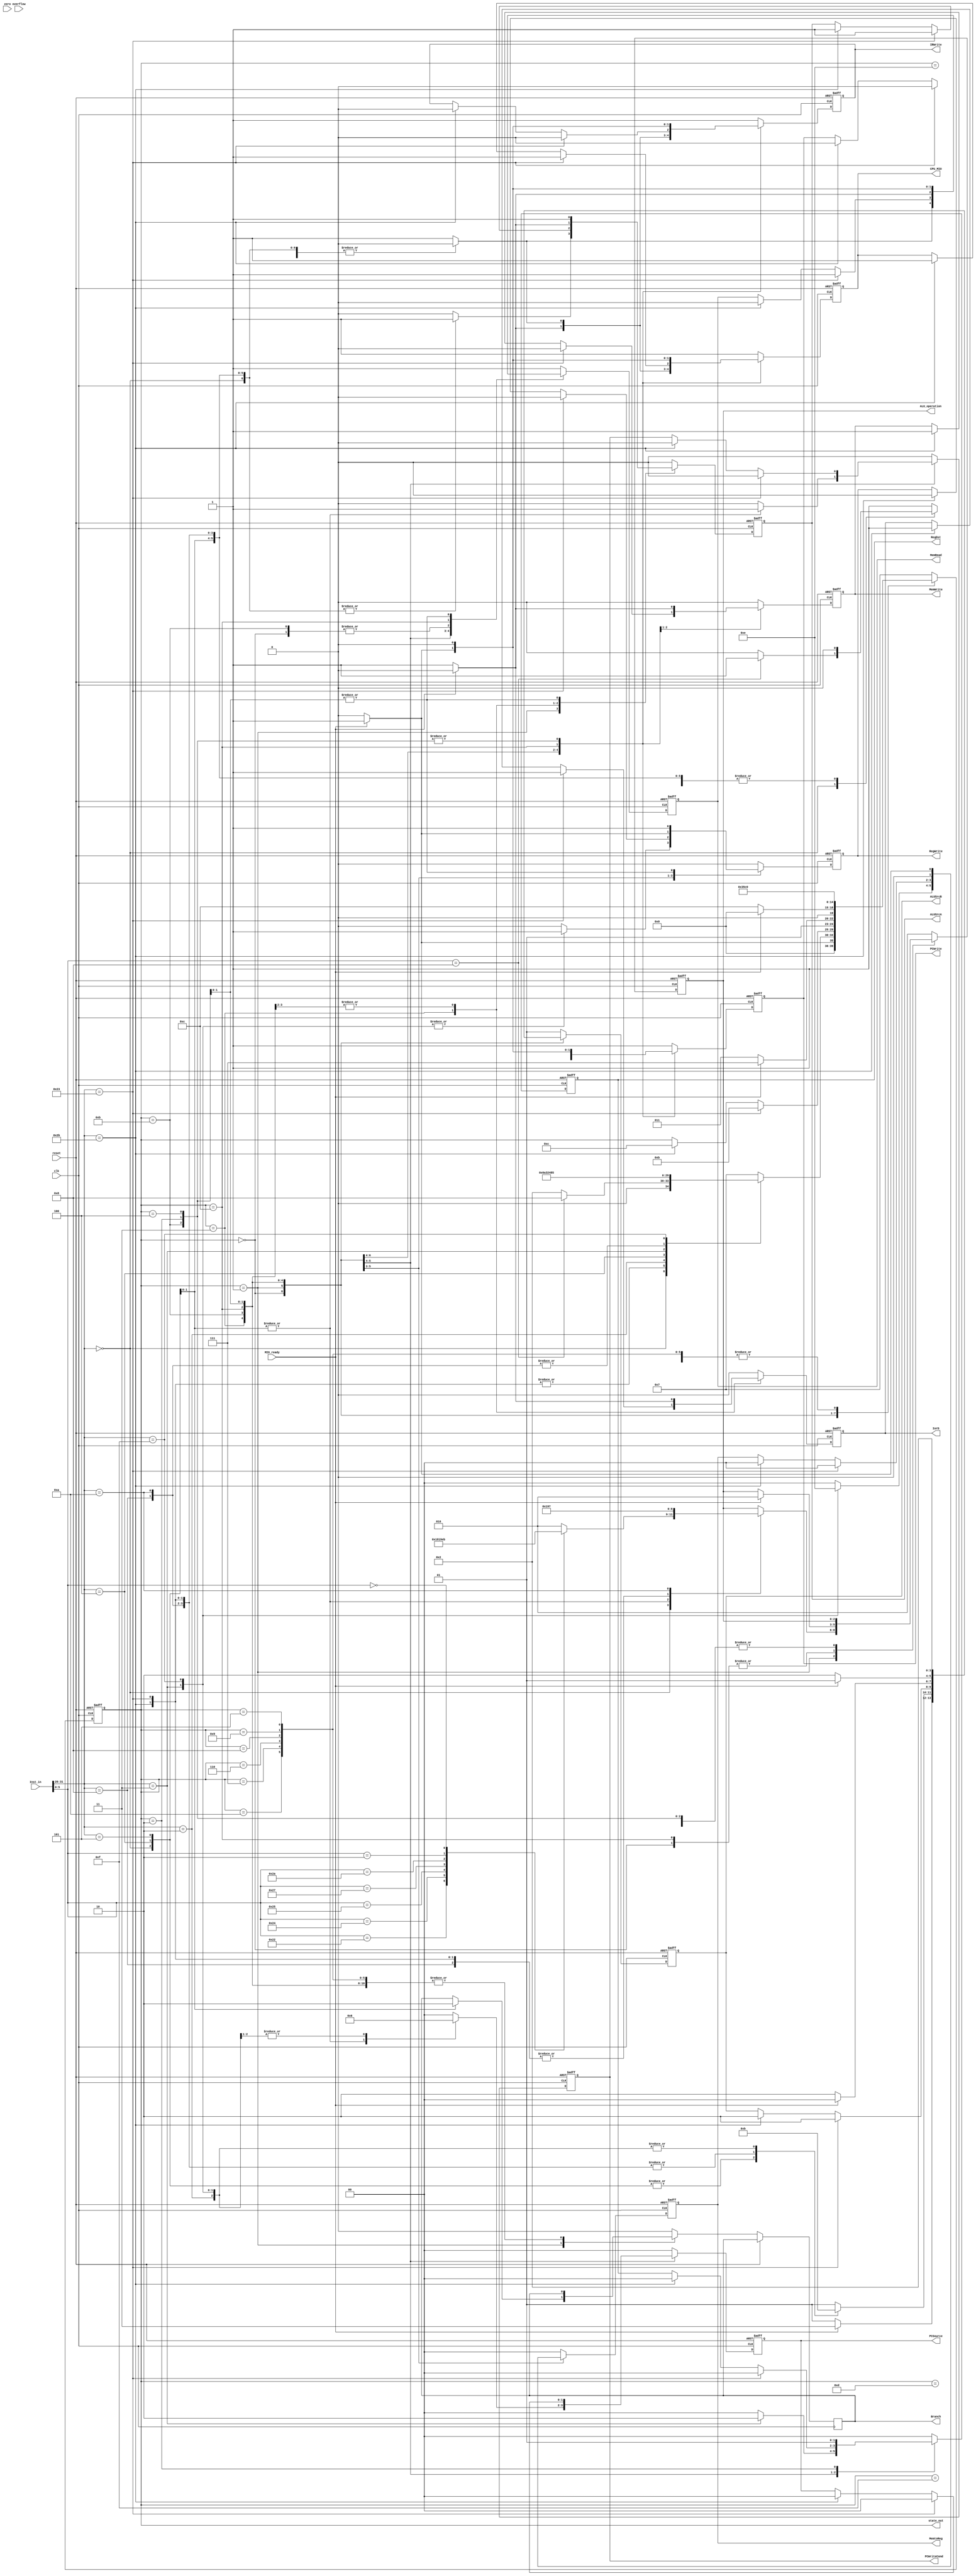
module   MCtrl(input  clk,
					input  reset,
					input  [31:0] Inst_in,
					input  zero,
					input  overflow,
					input  MIO_ready,
					output reg MemRead,
					output reg MemWrite,
					output reg[2:0]ALU_operation,
					output [4:0]state_out,
					
					output reg CPU_MIO,
					output reg IorD,
					output reg IRWrite,
					output reg [1:0]RegDst,
					output reg RegWrite,
					output reg [1:0]MemtoReg,
					output reg ALUSrcA,
					output reg [1:0]ALUSrcB,
					output reg [1:0]PCSource,
					output reg PCWrite,
					output reg PCWriteCond,
					output reg Branch
					);
				

reg [4:0] state;

parameter IF =   5'b00000,  ID=5'b00001,     EX_R=   5'b00010, EX_Mem=5'b00011, EX_I=  5'b00100,
			 Lui_WB=5'b00101,  EX_beq=5'b00110, EX_bne= 5'b00111, EX_jr= 5'b01000, EX_JAL=5'b01001, 
			 Exe_J = 5'b01010, MEM_RD=5'b01011, MEM_WD= 5'b01100, WB_R=  5'b01101, WB_I=5'b01110,
			 WB_LW=5'b01111,   Error=11111;
					
parameter AND=3'b000, OR=3'b001, ADD=3'b010, SUB=3'b110, NOR=3'b100, SLT=3'b111, XOR=3'b011, SRL=3'b101;
	  
`define CPU_ctrl_signals {PCWrite,PCWriteCond,IorD,MemRead,MemWrite,IRWrite,MemtoReg,PCSource,ALUSrcB,ALUSrcA,RegWrite,RegDst, CPU_MIO}
//									1			0				0	   0			0			0			10			10		00			0			0		00			0
								  
//									

	assign state_out=state;
	  
	always @ (posedge clk or posedge reset)
		if (reset==1) begin 
		 `CPU_ctrl_signals<=17'h12821;  	//12821        
		 ALU_operation<=ADD;
		 state <= IF; 
		end
		else
		  case (state)
			IF: begin
				if(MIO_ready)begin	
					`CPU_ctrl_signals<=17'h00060;
					ALU_operation<=ADD;
					state <= ID;
				end
				else begin
					state <=IF;
					`CPU_ctrl_signals<=17'h12821;
				end
			 end
			 
			ID: begin
				case (Inst_in[31:26])
				6'b000000:begin	//R-type OP
					`CPU_ctrl_signals<=17'h00010;
					 state <= EX_R;
						 case (Inst_in[5:0])
						 6'b100000: ALU_operation<=ADD;
						 6'b100010: ALU_operation<=SUB;
						 6'b100100: ALU_operation<=AND;
						 6'b100101: ALU_operation<=OR;
						 6'b100111: ALU_operation<=NOR;
						 6'b101010: ALU_operation<=SLT;
						 6'b000010: ALU_operation<=SRL;	//shfit 1bit right
						 6'b000000: ALU_operation<=XOR;	
						 6'b001000: begin 
										`CPU_ctrl_signals<=17'h10010;
										ALU_operation<=ADD; state <= EX_jr; end	
						 default: 	ALU_operation <= ADD;
						 endcase
				end
					
				6'b100011:begin	//Lw
					`CPU_ctrl_signals<=17'h00050;
					 ALU_operation<=ADD;                  
					 state <= EX_Mem;
				end

				6'b101011:begin	//Sw
					`CPU_ctrl_signals<=17'h00050;
					ALU_operation<=ADD;                  
					state <= EX_Mem;
				end
					 
				6'b000010:begin	//Jump
					`CPU_ctrl_signals<=17'h10160;
					state <= Exe_J;
				end
					 
				6'b000100:begin	//Beq
					`CPU_ctrl_signals<=17'h08090; Branch<=1;
					ALU_operation<= SUB; state <= EX_beq; end
						
				6'b000101:begin	//Bne
					`CPU_ctrl_signals<=17'h08090; Branch<=0;
					ALU_operation<= SUB; state <= EX_bne; end
					
				6'b000011:begin	//Jal
					`CPU_ctrl_signals<=17'h1076c;
					state <= EX_JAL;
				end
					
				6'b001000:begin	//Addi
					`CPU_ctrl_signals<=17'h00050;
					ALU_operation <= ADD;
					state <= EX_I;
				end
					
				6'b001010:begin	//Slti
					`CPU_ctrl_signals<=17'h00050;
						ALU_operation <= SLT;
						state <= EX_I;
				end
					 
				6'b001111:begin	//Lui
					`CPU_ctrl_signals<=17'h00468;
					state <= Lui_WB;	
				end

				default: begin
					`CPU_ctrl_signals<=17'h12821;
					state <= Error;
					end
				endcase
			end		//end ID
				
			EX_Mem:begin
				if(Inst_in[31:26]==6'b100011)begin
					`CPU_ctrl_signals<=17'h06051; state <= MEM_RD; end
				else if(Inst_in[31:26]==6'b101011)begin
					`CPU_ctrl_signals<=17'h05051; state <= MEM_WD; end
			end

			MEM_RD:begin
				if(MIO_ready)begin
					`CPU_ctrl_signals<=17'h00208; state <= WB_LW; end
				else begin
					state <=MEM_RD; `CPU_ctrl_signals<=17'h06050; end
			 end

			MEM_WD:begin
				if(MIO_ready)begin
					`CPU_ctrl_signals<=17'h12821; 
					ALU_operation<=ADD; state <= IF; end
				else begin
					state <=MEM_WD; `CPU_ctrl_signals<=17'h05050; end
			end
		
			WB_LW:begin
				`CPU_ctrl_signals<=17'h12821;
				ALU_operation<=ADD; state <=IF; end
			
			EX_R:begin
					`CPU_ctrl_signals<=17'h0001a; state <= WB_R; end

			EX_I:begin
					`CPU_ctrl_signals<=17'h00058; state <= WB_I; end
				 
			WB_R:begin
					`CPU_ctrl_signals<=17'h12821;
					ALU_operation<=ADD; state <= IF; end
				 
			WB_I:begin
					`CPU_ctrl_signals<=17'h12821;
					ALU_operation<=ADD; state <= IF; end
		
			Exe_J:begin
					`CPU_ctrl_signals<=17'h12821;
					ALU_operation<=ADD; state <= IF; end
		
			EX_bne:begin
					`CPU_ctrl_signals<=17'h12821;
					ALU_operation<=ADD; state <= IF; end
		
			EX_beq:begin
					`CPU_ctrl_signals<=17'h12821;
					ALU_operation<=ADD; state <= IF; end

			EX_jr:begin
					`CPU_ctrl_signals<=17'h12821;
					ALU_operation<=ADD; state <= IF; end

			EX_JAL:begin
					`CPU_ctrl_signals<=17'h12821;
					ALU_operation<=ADD; state <= IF; end
		
			Lui_WB:begin
					`CPU_ctrl_signals<=17'h12821;
					ALU_operation<=ADD; state <= IF; end

			Error: state <= Error;
			default: begin
					`CPU_ctrl_signals<=17'h12821; Branch<=0;
					ALU_operation<=ADD; state <= Error; end
		  endcase 
		
 endmodule